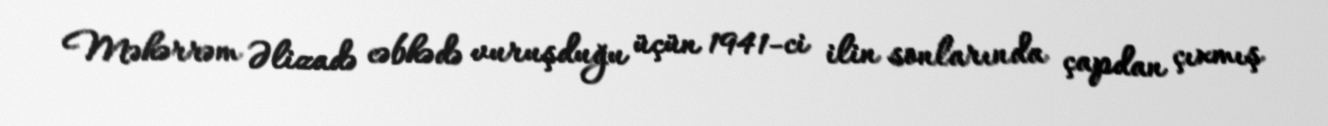
Məhərrəm Əlizadə cəbhədə vuruşduğu üçün 1941-ci ilin sonlarında çapdan çıxmış